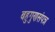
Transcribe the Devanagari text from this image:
बहुगुणसंपन्न